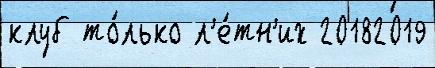
клуб то́лько л'е́тн'их 20182019